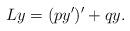
LaTeX: \begin{align*} Ly = (py')' + qy.\end{align*}